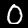
Label: 0